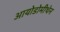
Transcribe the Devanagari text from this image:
आयोडोमीथेन